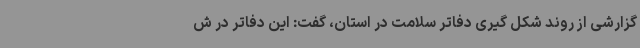
گزارشی از روند شکل گیری دفاتر سلامت در استان، گفت: این دفاتر در ش